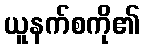
ယူနက်စကို၏